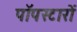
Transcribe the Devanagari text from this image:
पॉपस्टारों